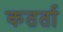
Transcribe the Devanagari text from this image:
कतर्ता